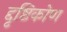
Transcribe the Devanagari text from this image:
द्दृष्टिकोण